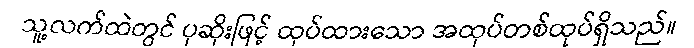
သူ့လက်ထဲတွင် ပုဆိုးဖြင့် ထုပ်ထားသော အထုပ်တစ်ထုပ်ရှိသည်။